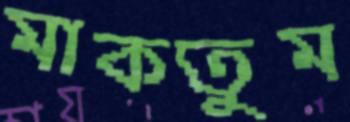
মাকতুম